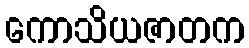
ကောသိယဇာတက